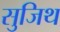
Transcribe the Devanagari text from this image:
सुजिथ